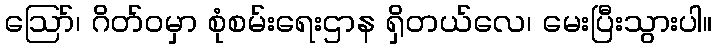
ဩော်၊ ဂိတ်ဝမှာ စုံစမ်းရေးဌာန ရှိတယ်လေ၊ မေးပြီးသွားပါ။